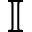
\mathbb { I }